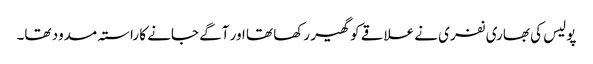
پولیس کی بھاری نفری نے علاقے کو گھیر رکھا تھا اور آگے جانے کا راستہ مسدود تھا۔